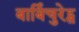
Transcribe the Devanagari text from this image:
बार्बिचुरेट्स